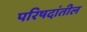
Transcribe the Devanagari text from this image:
परिषदांतील